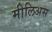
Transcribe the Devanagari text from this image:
मीलिअस